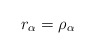
\begin{align*} r_\alpha= \rho_\alpha \end{align*}